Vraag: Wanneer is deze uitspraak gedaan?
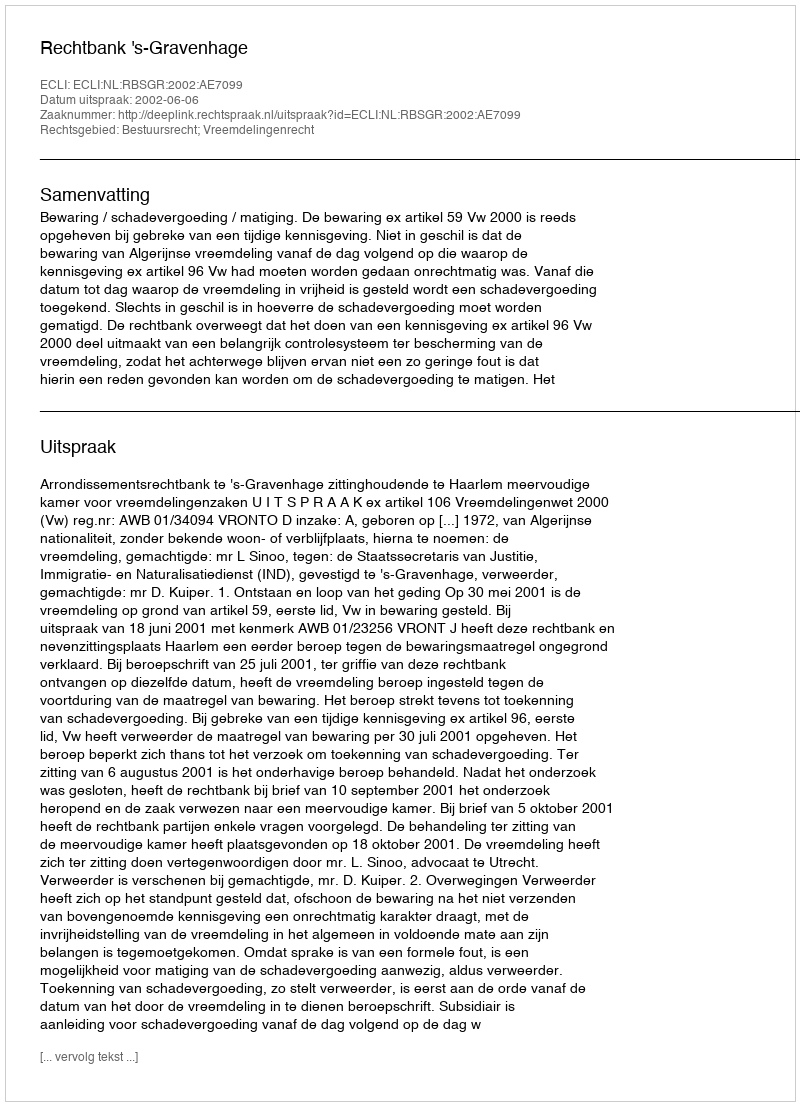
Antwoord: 2002-06-06